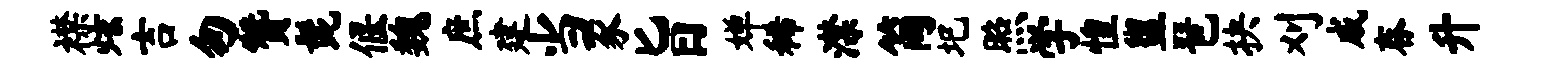
襟炫吉匆赞髭偃魏庶建当豕旨婵稀潸简圯照学惶盥琶抉刈戚舂升